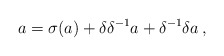
\begin{align*}a=\sigma (a)+\delta \delta ^{-1}a+\delta ^{-1}\delta a\,, \end{align*}